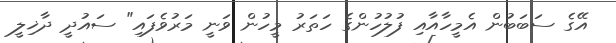
އޭގެ ސަބަބުން އެމީހާއާއި ފުލުހުންގެ ހަތަރު މީހުން ވަނީ މަރުވެފައި" ސައުދީ ދާޚިލީ